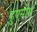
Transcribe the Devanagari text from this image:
हुएसोस